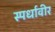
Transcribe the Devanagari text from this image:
स्पर्धावीर